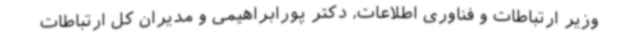
وزیر ارتباطات و فناوری اطلاعات، دکتر پورابراهیمی و مدیران کل ارتباطات